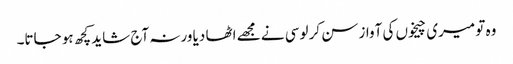
وہ تو میری چیخوں کی آواز سن کر لوسی نے مجھے اٹھا دیا ورنہ آج شاید کچھ ہو جاتا۔